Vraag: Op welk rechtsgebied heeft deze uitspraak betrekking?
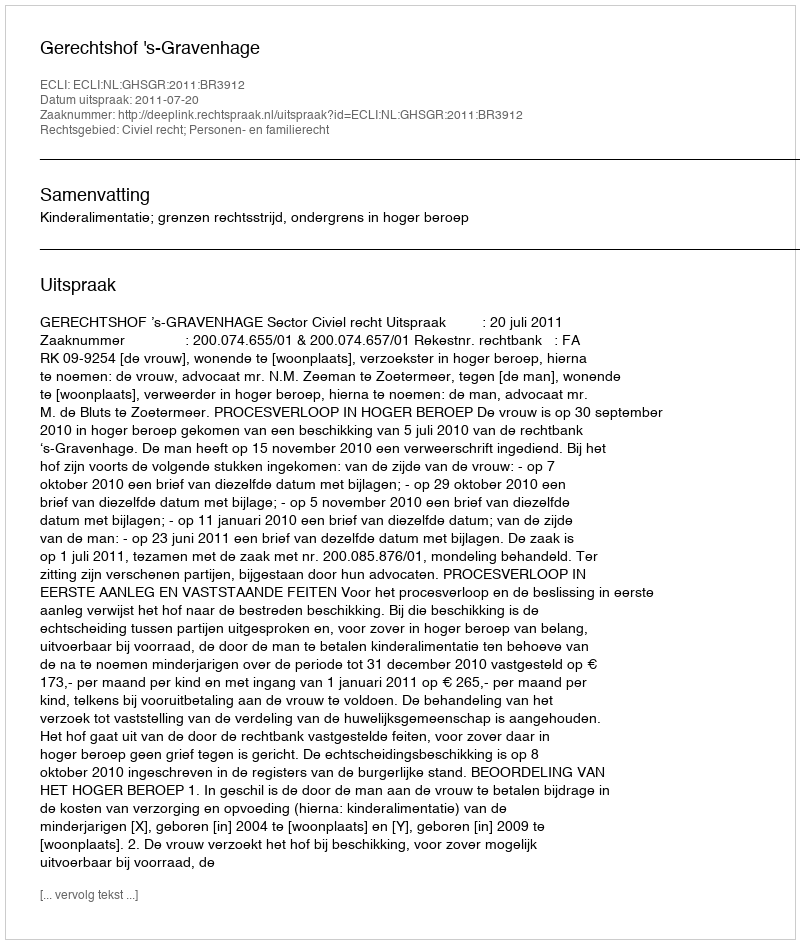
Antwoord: Civiel recht; Personen- en familierecht